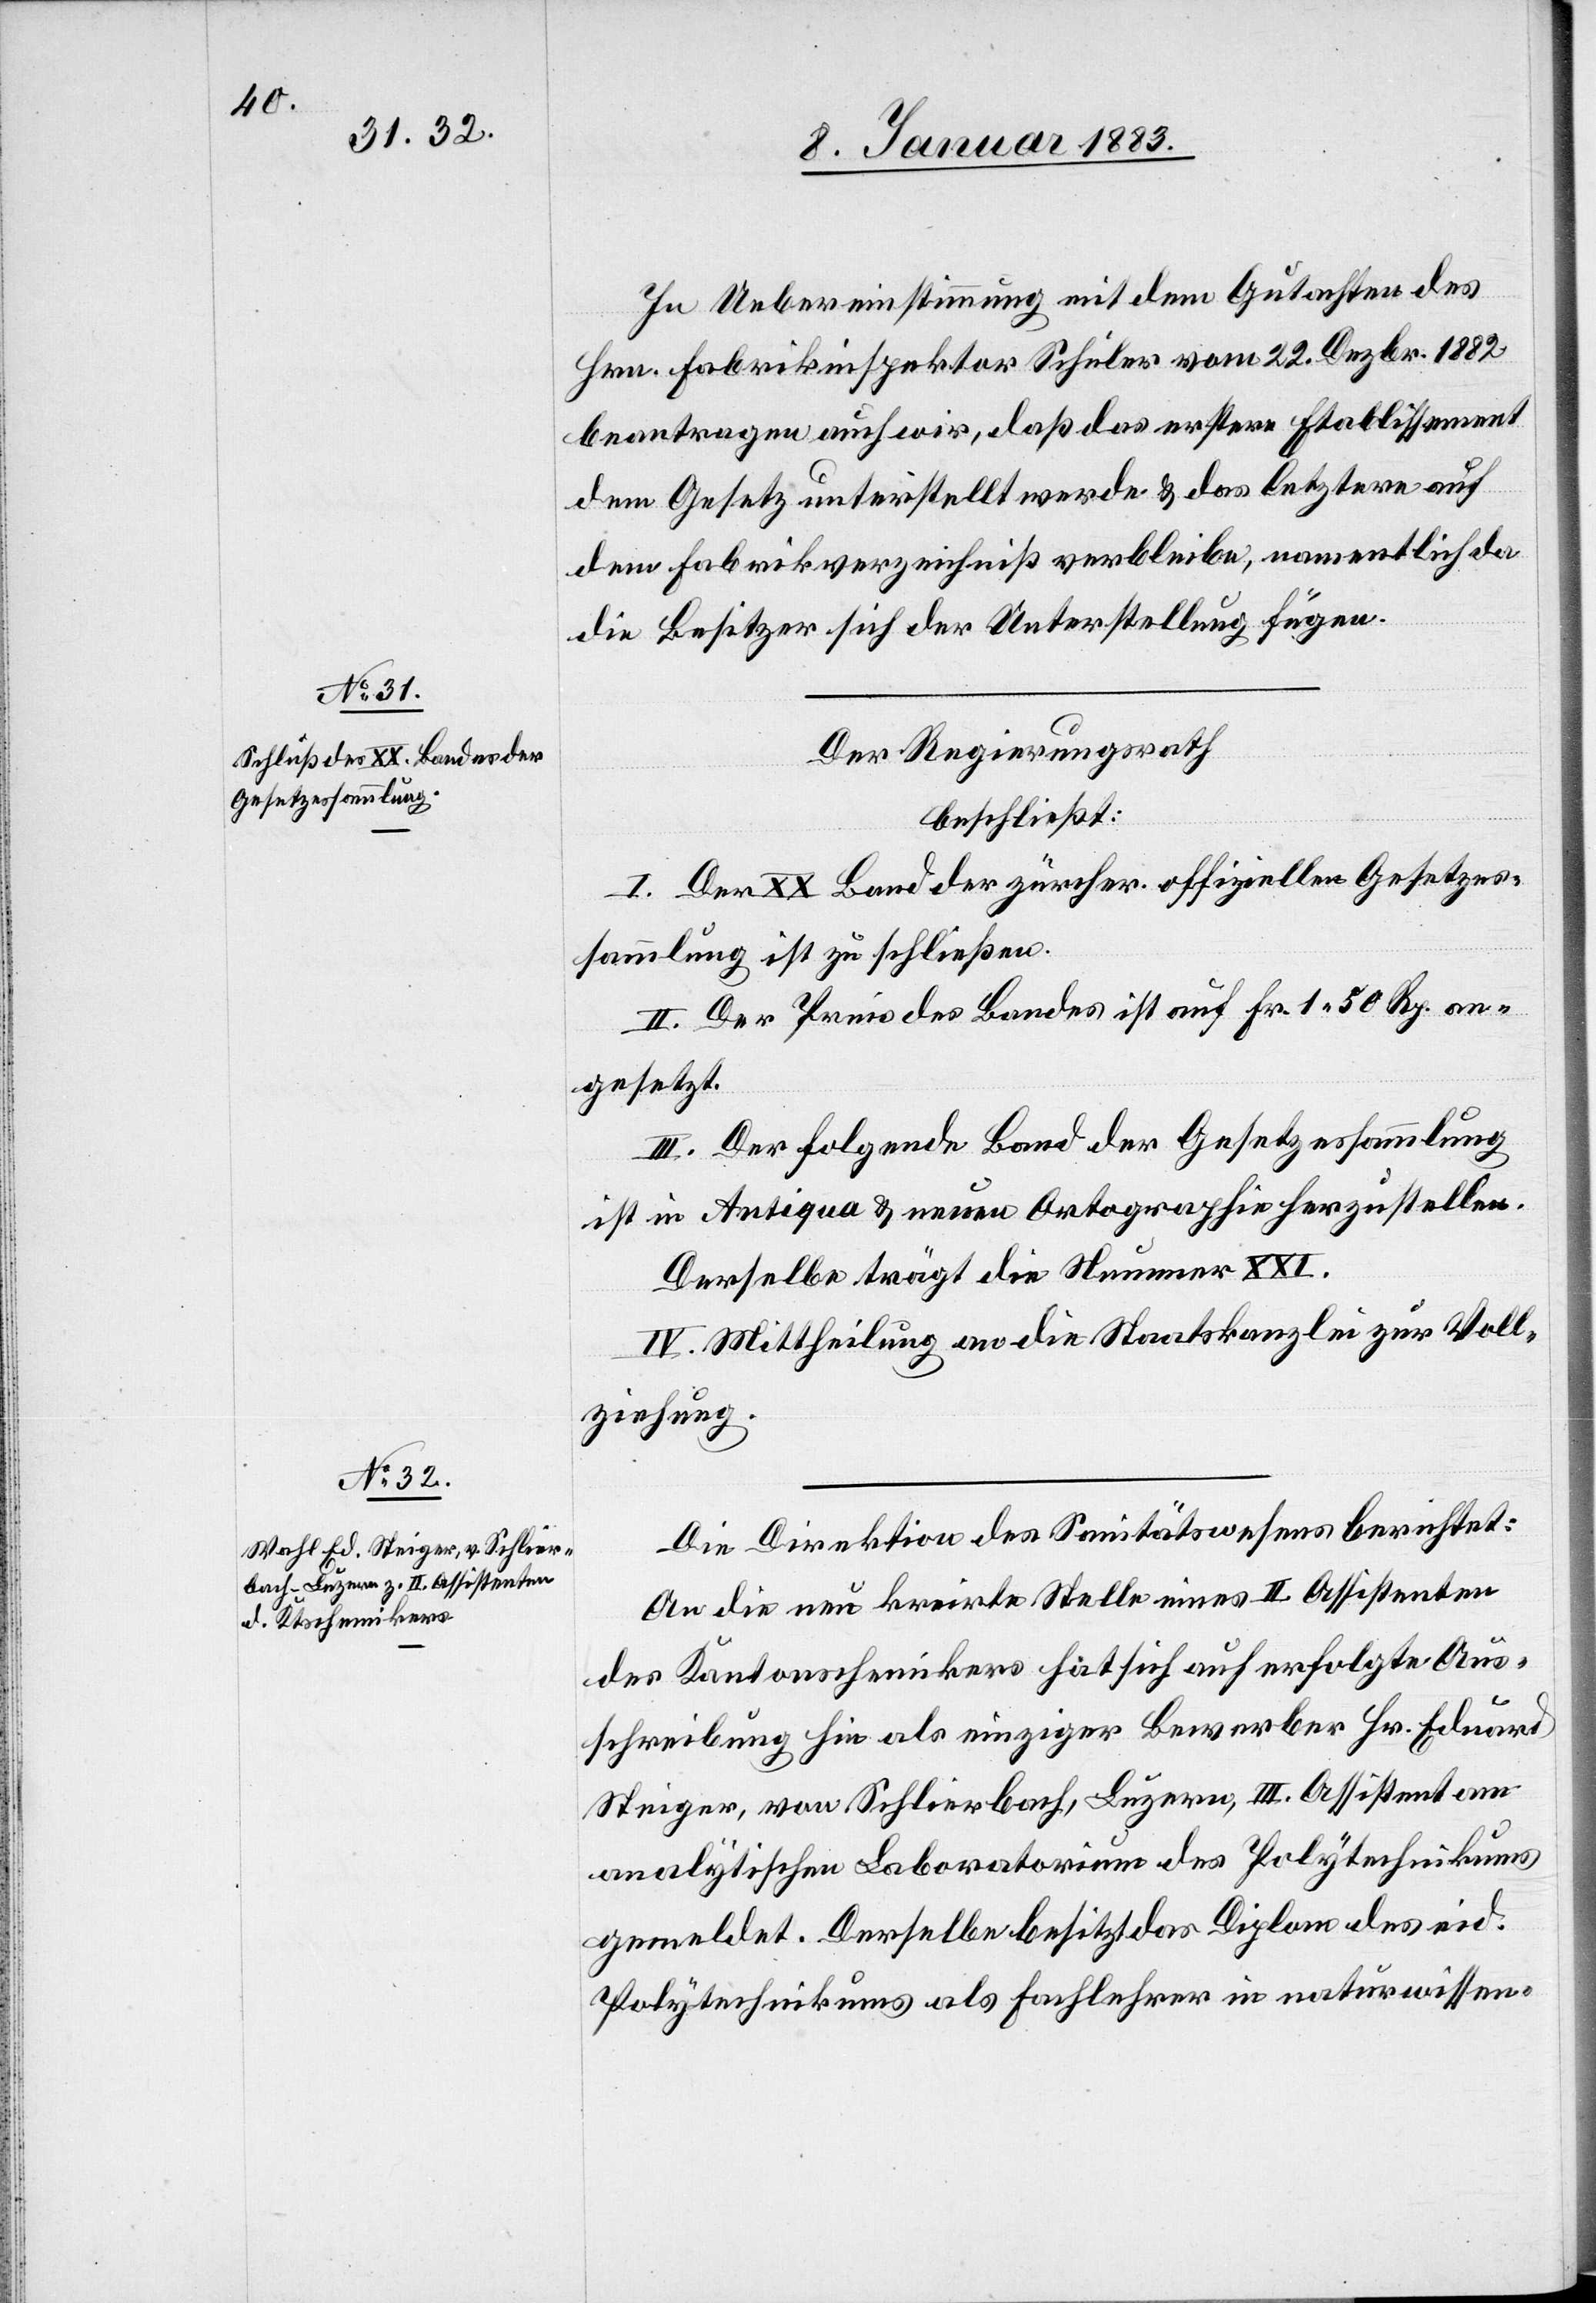
In Uebereinstimmung mit dem Gutachten des
Hrn. Fabrikinspektor Schuler vom 22. Dezbr. 1882
beantragen auch wir, daß das erstere Etablissement
dem Gesetz unterstellt werde & das letztere auf
dem Fabrikverzeichniß verbleibe, namentlich da
die Besitzer sich der Unterstellung fügen.
Der Regierungsrath
beschließt:
I. Der XX. Band der zürcher. offiziellen Gesetzes¬
sammlung ist zu schließen.
II. Der Preis des Bandes ist auf Fr. 1 50 Rp. an¬
gesetzt.
III. Der folgende Band der Gesetzessammlung
ist in Antiqua & neuen Ortographie herzustellen.
Derselbe trägt die Nummer XXI.
IV. Mittheilung an die Staatskanzlei zur Voll¬
ziehung.
Die Direktion des Sanitätswesens berichtet:
An die neu kreirte Stelle eines II. Assistenten
des Kantonschemikers hat sich auf erfolgte Aus¬
schreibung hin als einziger Bewerber Hr. Eduard
Steiger, von Schlierbach, Luzern, III. Assistent am
analytischen Laboratorium des Polytechnikums
gemeldet. Derselbe besitzt das Diplom des eid.
Polytechnikums als Fachlehrer in naturwissen-